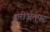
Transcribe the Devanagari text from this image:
शरीअतपर